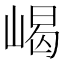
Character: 嵑